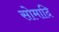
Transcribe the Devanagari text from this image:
सोमादि